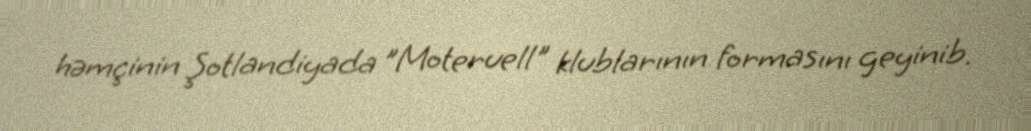
həmçinin Şotlandiyada "Moteruell" klublarının formasını geyinib.